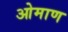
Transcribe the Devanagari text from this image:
ओमाण